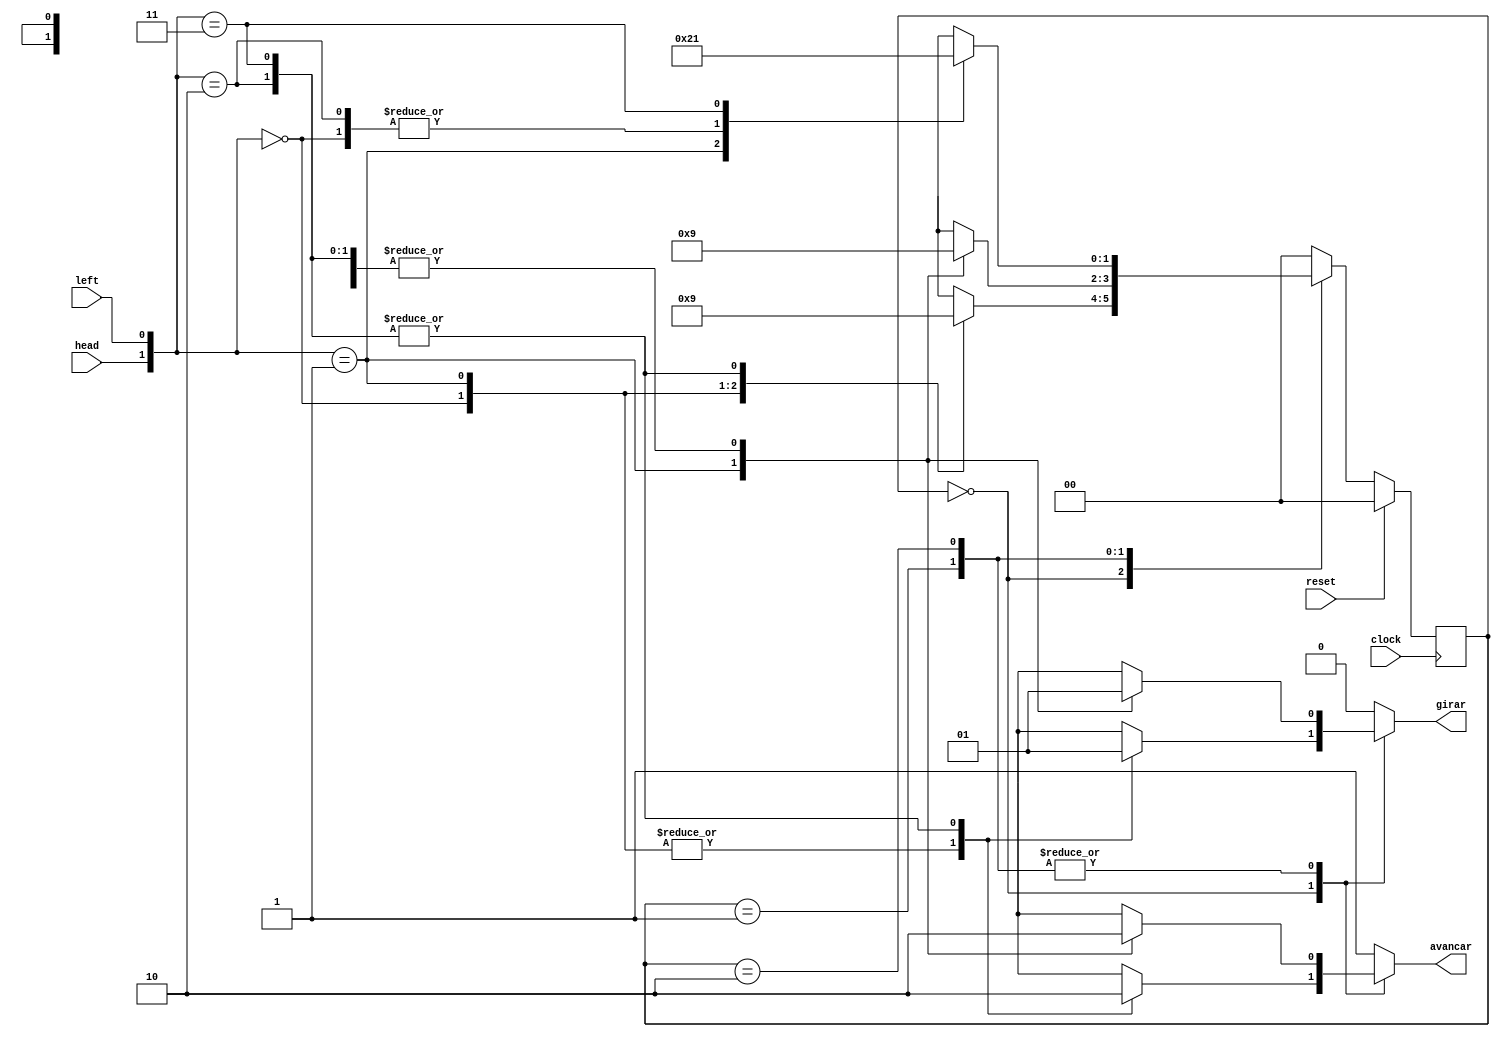
module Robo (clock, reset, head, left, avancar, girar);
  input clock, reset, head, left;
  output reg avancar, girar;
 
  reg [1:0] EstadoAtual, EstadoFuturo;
 
  parameter
    ProcurandoMuro = 2'b00,
    Rotacionando = 2'b01,
    AcompanhandoMuro = 2'b10;
 
  always @ (negedge clock)
 
  begin
    if(reset)    
      EstadoAtual <= ProcurandoMuro;
    else
      EstadoAtual <= EstadoFuturo;
  end
 
  
  always @ (head or left or EstadoAtual)

  begin
    EstadoFuturo = ProcurandoMuro;
    avancar = 1'b1;
    girar = 1'b0;
   
    case (EstadoAtual)
     
      ProcurandoMuro: case ({head, left})
      2'b00:
        begin
          EstadoFuturo = ProcurandoMuro;
          avancar = 1'b1;
          girar = 1'b0;
        end

      2'b01:
        begin
          EstadoFuturo = AcompanhandoMuro;
          avancar = 1'b1;
          girar = 1'b0;
        end
     
      2'b10:
        begin
          EstadoFuturo = Rotacionando;
          avancar = 1'b0;
          girar = 1'b1;
        end
       
      2'b11:
        begin
          EstadoFuturo = Rotacionando;
          avancar = 1'b0;
          girar = 1'b1;
        end

    endcase
 
 
      Rotacionando: case ({head, left})
      2'b00:
        begin
          EstadoFuturo = Rotacionando;
          avancar = 1'b0;
          girar = 1'b1;
        end

      2'b01:
        begin
          EstadoFuturo = AcompanhandoMuro;
          avancar = 1'b1;
          girar = 1'b0;
        end
     
      2'b10:
        begin
          EstadoFuturo = Rotacionando;
          avancar = 1'b0;
          girar = 1'b1;
        end
       
      2'b11:
        begin
          EstadoFuturo = Rotacionando;
          avancar = 1'b0;
          girar = 1'b1;
        end

    endcase

 
      AcompanhandoMuro: case ({head, left})
      2'b00:
        begin
          EstadoFuturo = ProcurandoMuro;
          avancar = 1'b0;
          girar = 1'b1;
        end

      2'b01:
        begin
          EstadoFuturo = AcompanhandoMuro;
          avancar = 1'b1;
          girar = 1'b0;
        end
     
      2'b10:
        begin
          EstadoFuturo = ProcurandoMuro;
          avancar = 1'b0;
          girar = 1'b1;
        end
       
      2'b11:
        begin
          EstadoFuturo = Rotacionando;
          avancar = 1'b0;
          girar = 1'b1;
        end

    endcase

  endcase
 
  end

endmodule